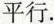
平行.